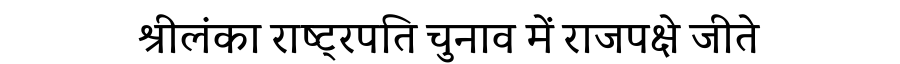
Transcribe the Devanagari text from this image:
श्रीलंका राष्ट्रपति चुनाव में राजपक्षे जीते